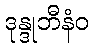
ဒုန္ဒုဘီနံဝ